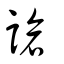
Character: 謒